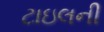
ટાઇલની